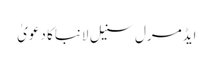
ایڈمرل سنیل لانباکا دعویٰ